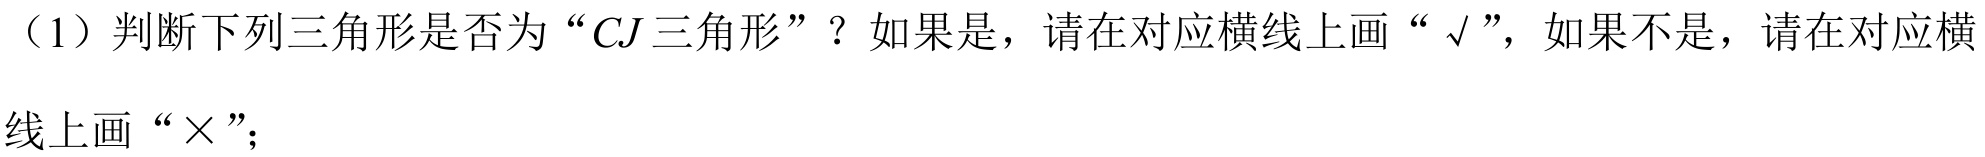
（1）判断下列三角形是否为“\(CJ\)三角形”？如果是，请在对应横线上画“\(\surd\)”，如果不是，请在对应横
线上画“\(\times\)”；